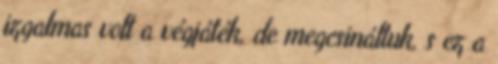
izgalmas volt a végjáték, de megcsináltuk, s ez a